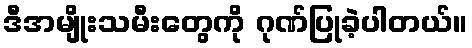
ဒီအမျိုးသမီးတွေကို ဂုဏ်ပြုခဲ့ပါတယ်။